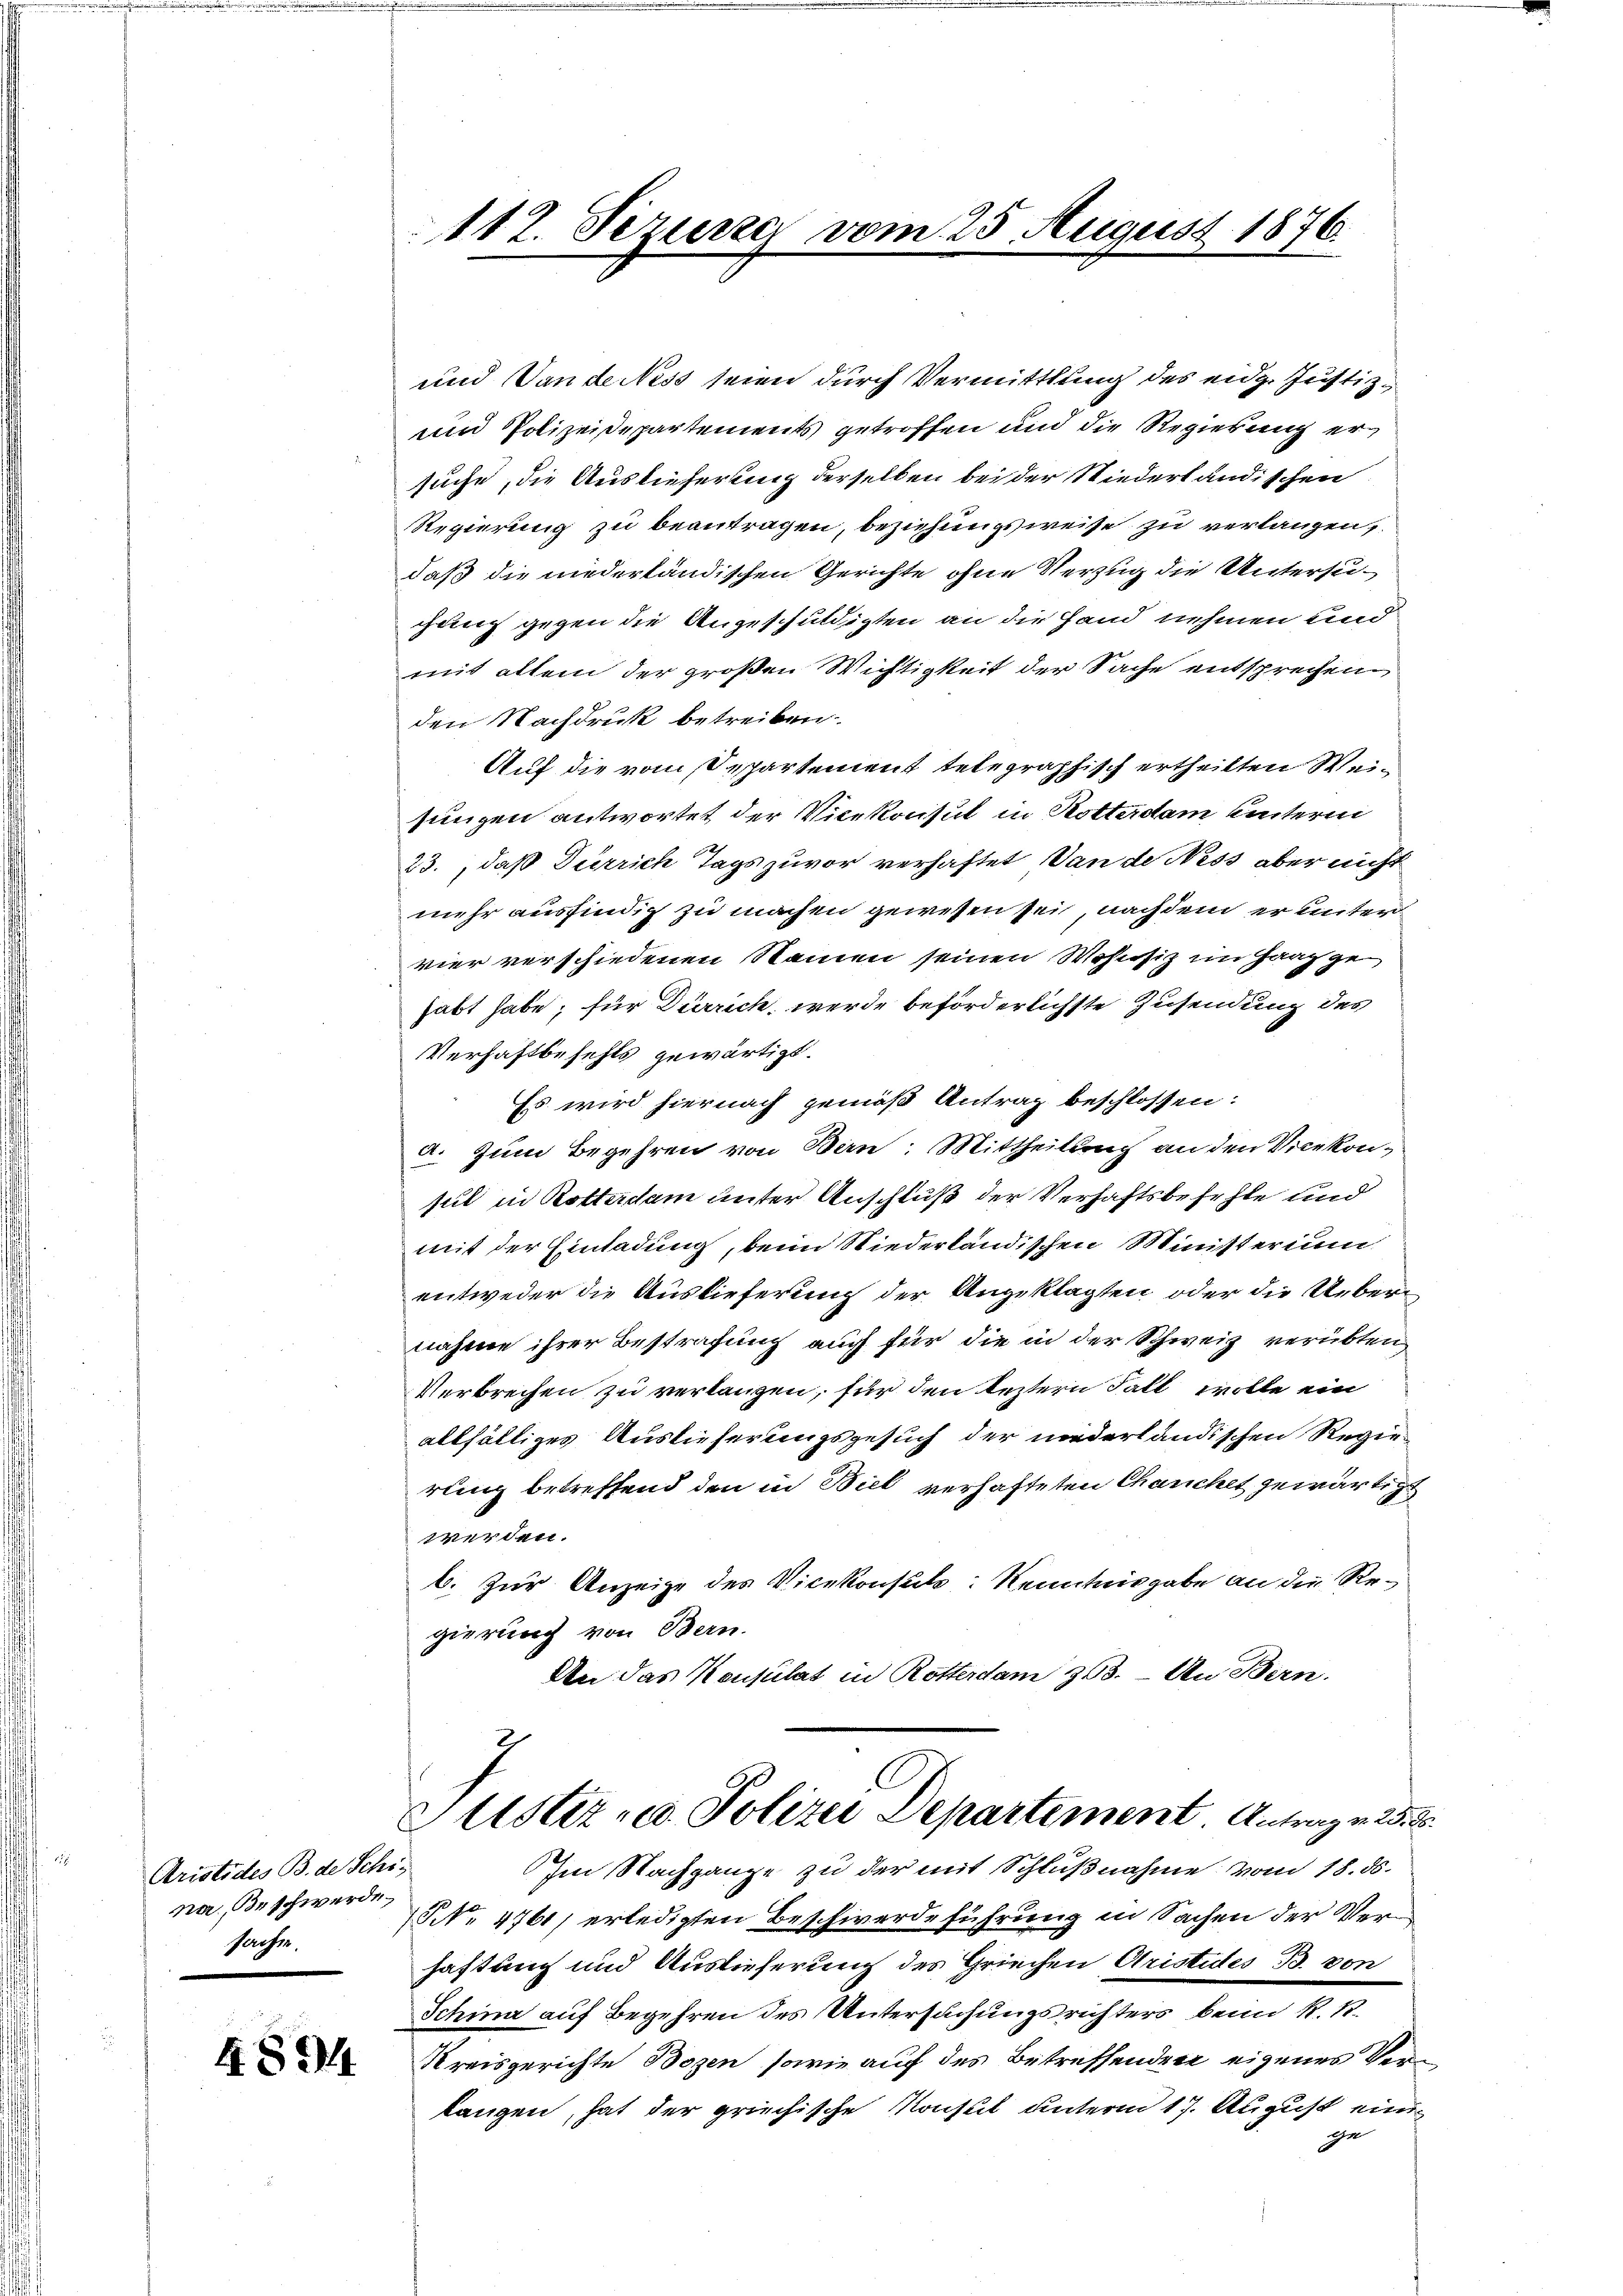
Aristides B. de Schi
na. Beschwerde.
sache.

4894

112. Sezurze vom 25. August 1876.

und Vande Ness seien durch Vermittlung des eidg. Justiz¬
und Polizeisepartements getroffen und die Regierung ersuche, die Auslieferung derselben bei der Niederländischen
Regierung zu beantragen, beziehungsweise zu verlangen,
daß die niederländischen Gerichte ohne Verzug die Untersugang gegen die Angeschuldigten an die Hand nehmen und
mit allem der großen Wichtigkeit der Sache entsprechen
den Nachdruk betreiben.
Auf die vom Separtement telegraphisch ertheilten Weisungen antwortet der Vicekonsul in Rotterdam Hinterni
23. daß Dürrich Tags zuvor verhaftet an de Ness aber nicht
mehr ausfindig zu machen gewesen sei, nachdem er unter
vier verschiedenen Namen seinen Wohnsiz im Ganz ge
habt habe; für Dürrich, werde beförderlichste Zusendung des
Verhaftbefehls gewärtigt.
Es wird hiernach gemäß Antrag beschlossen:
a. Zum Begehren von Bern: Mittheilung an den Vicekonsul in Rotterdam unter Anschluß der Verhaftsbefehle und
mit der Einladung, beim Niederländischen Ministerium
entweder die Auslieferung der Angeklagten oder die Uebernahme ihrer Bestrafung auch für die in der Schweiz verübten¬
Verbrechen zu verlangen, für den leztern Fall wolle ein
allfältiges Auslieferungsgesuch der niederländischen Regierung betreffend den in Biel verhafteten Chanchet gewärtigt
werden.
b. Zur Anzeige des Vicekonsuls: Kenntnisgabe an die Regierung von Bern.
An das Konsulat in Rotterdam 353. - An Bern.
Justiz- u. Polizei Departement Antrage d
Im Nachgange zu der mit Schlußnahme vom 18. ds.
NN. 4761) erledigten Beschwerdeführung in Sachen der Verhaftung und Auslieferung des Griechen Cristides B. von
Schina auf Begehren des Untersuchungsrichters beim R. 1.
Kreisgerichte Bozen sowie auf des Betreffenden eigenes Verlangen, hat der griechische Konsul unterm 17. August einer
ge